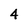
Character: 4